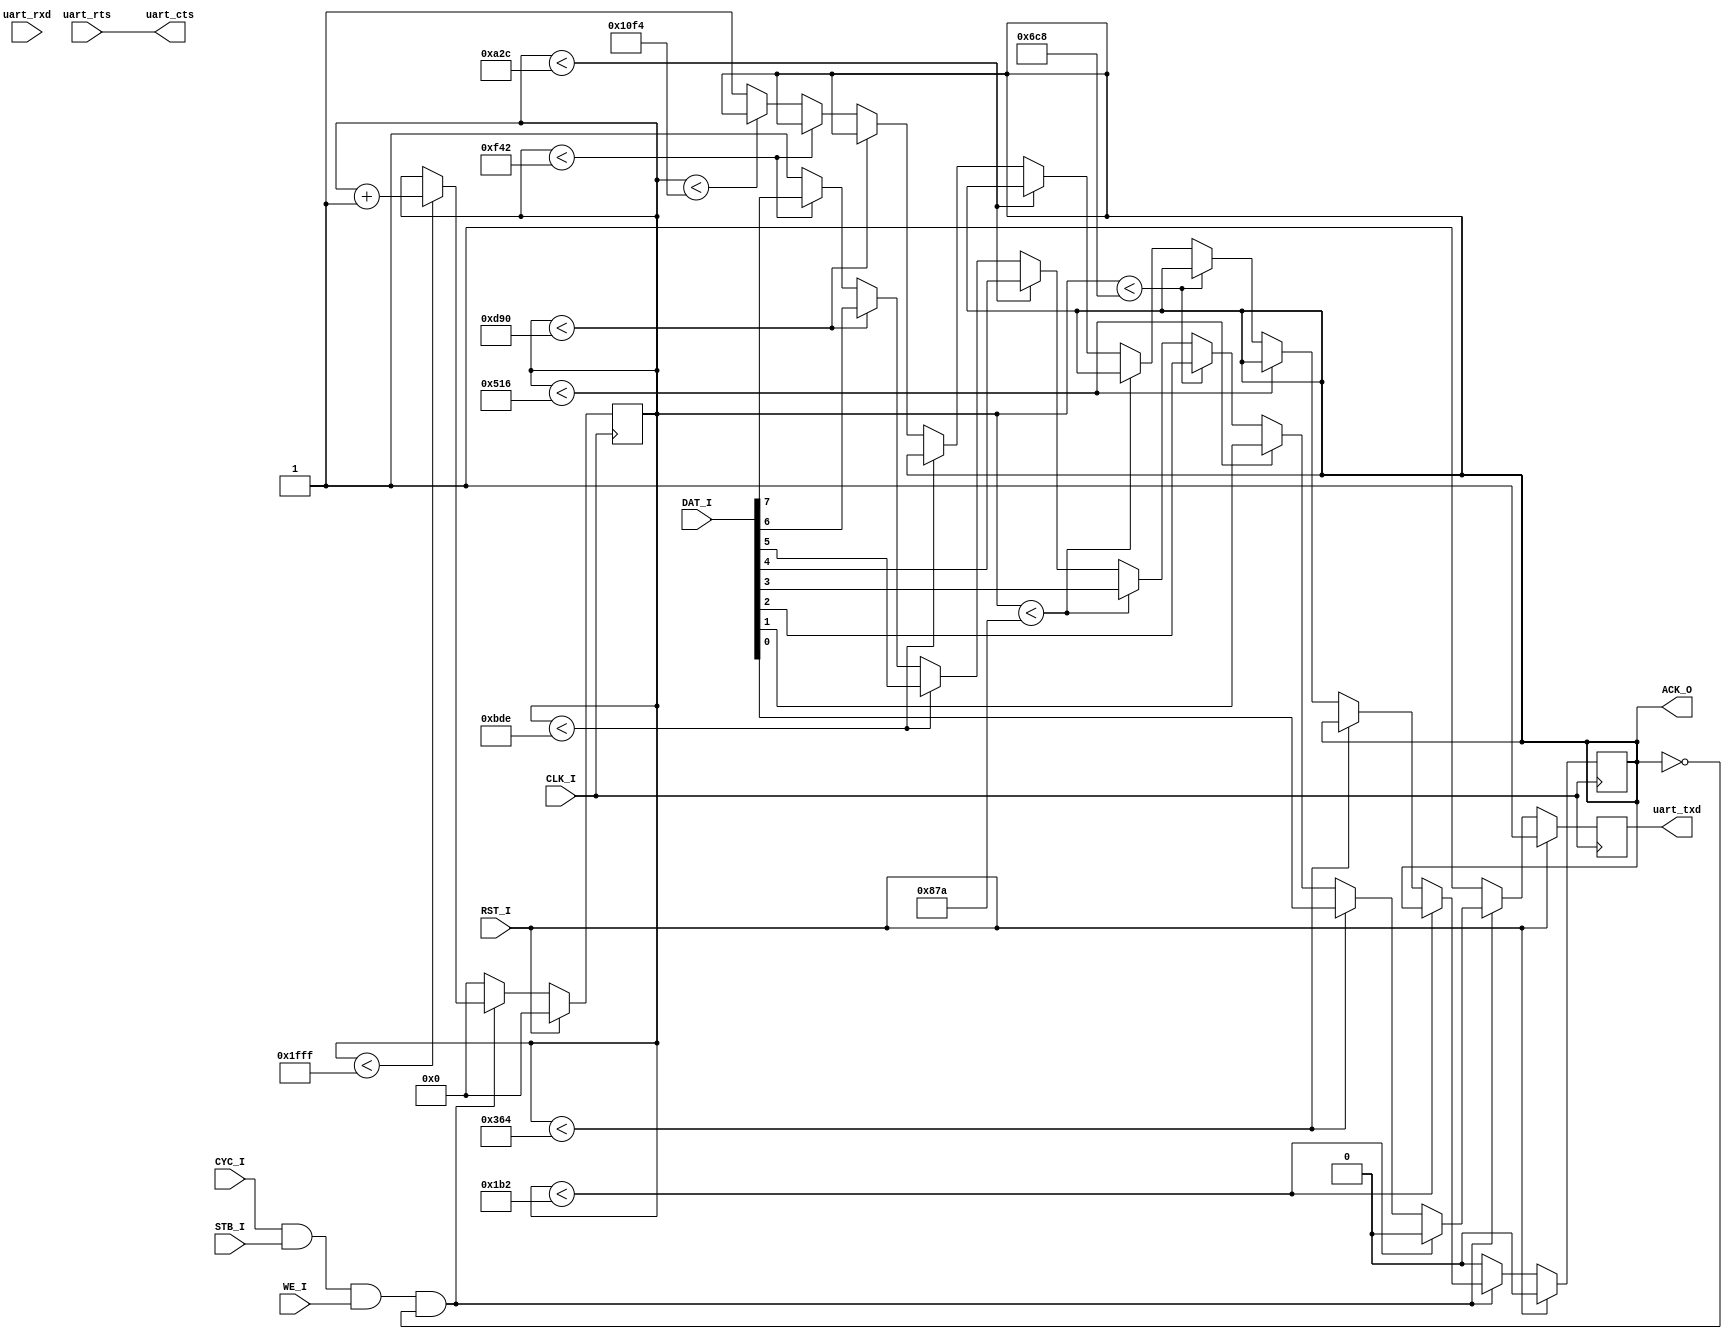
/* 
 * Copyright 2010, Aleksander Osman, alfik@poczta.fm. All rights reserved.
 *
 * Redistribution and use in source and binary forms, with or without modification, are
 * permitted provided that the following conditions are met:
 *
 *  1. Redistributions of source code must retain the above copyright notice, this list of
 *     conditions and the following disclaimer.
 *
 *  2. Redistributions in binary form must reproduce the above copyright notice, this list
 *     of conditions and the following disclaimer in the documentation and/or other materials
 *     provided with the distribution.
 *
 * THIS SOFTWARE IS PROVIDED BY THE AUTHOR ``AS IS'' AND ANY EXPRESS OR IMPLIED
 * WARRANTIES, INCLUDING, BUT NOT LIMITED TO, THE IMPLIED WARRANTIES OF MERCHANTABILITY AND
 * FITNESS FOR A PARTICULAR PURPOSE ARE DISCLAIMED. IN NO EVENT SHALL THE AUTHOR OR
 * CONTRIBUTORS BE LIABLE FOR ANY DIRECT, INDIRECT, INCIDENTAL, SPECIAL, EXEMPLARY, OR
 * CONSEQUENTIAL DAMAGES (INCLUDING, BUT NOT LIMITED TO, PROCUREMENT OF SUBSTITUTE GOODS OR
 * SERVICES; LOSS OF USE, DATA, OR PROFITS; OR BUSINESS INTERRUPTION) HOWEVER CAUSED AND ON
 * ANY THEORY OF LIABILITY, WHETHER IN CONTRACT, STRICT LIABILITY, OR TORT (INCLUDING
 * NEGLIGENCE OR OTHERWISE) ARISING IN ANY WAY OUT OF THE USE OF THIS SOFTWARE, EVEN IF
 * ADVISED OF THE POSSIBILITY OF SUCH DAMAGE.
 */

module serial_txd(
	input CLK_I,
	input RST_I,
	
	//slave
	input [7:0] DAT_I,
	output reg ACK_O,
	
	input CYC_I,
	input STB_I,
	input WE_I,
	
	//serial output
	input uart_rxd,
	input uart_rts,
	output reg uart_txd,
	output uart_cts
);

assign uart_cts = uart_rts;

reg [12:0] counter;

always @(posedge CLK_I) begin
	if(RST_I == 1'b1) begin
		ACK_O <= 1'b0;
		uart_txd <= 1'b1;
		counter <= 13'd0;
	end
	
	else if(CYC_I == 1'b1 && STB_I == 1'b1 && WE_I == 1'b1 && ACK_O == 1'b0) begin
		if(counter < 13'd8191) counter <= counter + 13'd1;
		
		if(counter < 434*1) 		uart_txd <= 1'b0;
		else if(counter < 434*2) 	uart_txd <= DAT_I[0];
		else if(counter < 434*3) 	uart_txd <= DAT_I[1];
		else if(counter < 434*4) 	uart_txd <= DAT_I[2];
		else if(counter < 434*5) 	uart_txd <= DAT_I[3];
		else if(counter < 434*6) 	uart_txd <= DAT_I[4];
		else if(counter < 434*7) 	uart_txd <= DAT_I[5];
		else if(counter < 434*8) 	uart_txd <= DAT_I[6];
		else if(counter < 434*9) 	uart_txd <= DAT_I[7];
		else if(counter < 434*10) 	uart_txd <= 1'b1;
		else begin
			uart_txd <= 1'b1;
			ACK_O <= 1'b1;
		end
	end
	else begin
		ACK_O <= 1'b0;
		uart_txd <= 1'b1;
		counter <= 13'd0;
	end
end

endmodule